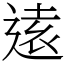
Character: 逺